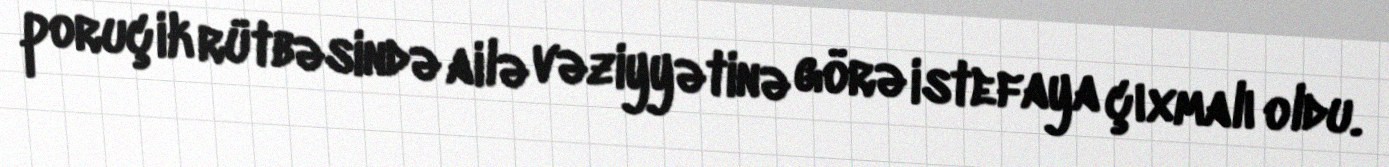
poruçik rütbəsində ailə vəziyyətinə görə istefaya çıxmalı oldu.